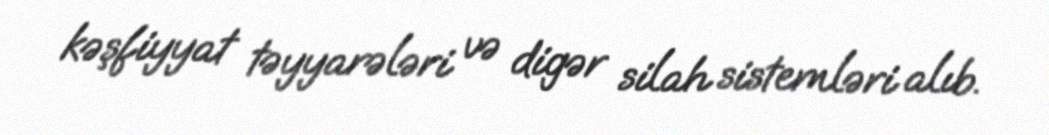
kəşfiyyat təyyarələri və digər silah sistemləri alıb.